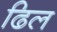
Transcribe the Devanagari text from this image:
ढिल